Report on the Civil Veterinary Department, Eastern Bengal and Assam - 1907-1911
Year: 1907
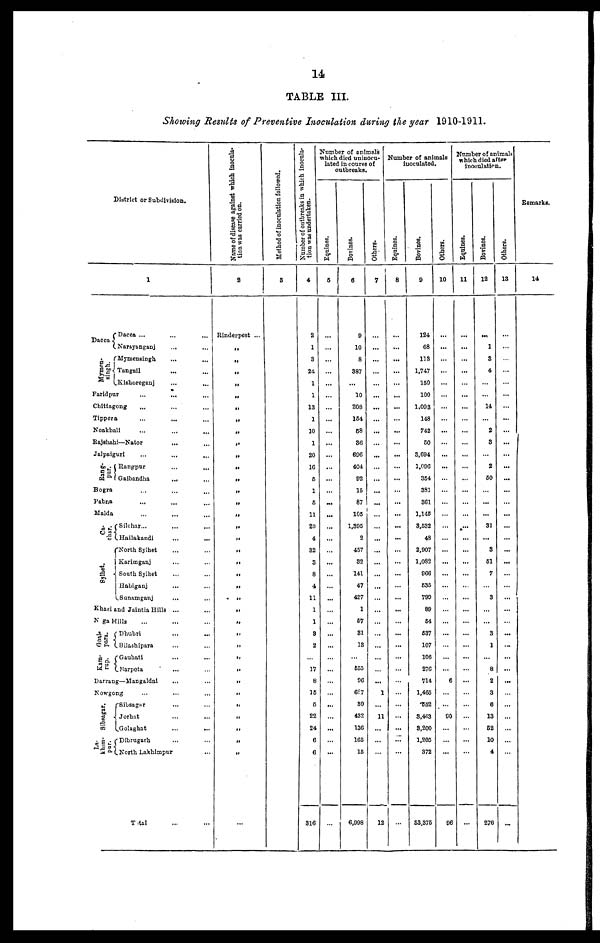
14
TABLE III.
Showing Results of Preventive Inoculation during the year 1910-1911.
District or Subdivision.
Dacca
singh.
1
Dacca ...
Narayanganj ... ...
Mymensingh ... ...
Tangail ...
Kishoreganj ...
Faridpur ... ... ...
Chittagong ... ... ...
Tippera ... ... ...
Noakhali ... ... ...
Rajshahi—Nator ... ...
Jalpaiguri ... ... ...
pur.
Bogra
Pabna ... ... ...
Malda
Ca-
char.
Sylhet.
Rangpur ... ...
Gaibandha ... ...
... ... ...
... ... ...
... ... ...
Silchar ... ... ...
Hailakandi ... ...
North Sylhet ... ...
Karimganj ... ...
South Sylhet ... ...
Habiganj ... ...
Sunamganj ... ...
Khasi and Jaintia Hills ... ...
Naga Hills ... ... ...
para.
Kara-
rnp.
Dhubri ... ...
Bilashipara ... ...
Gauhati ... ...
Rarpeta ... ...
Darrang—Mangaldal ... ...
Nowgong ... ... ...
Sibsagar.
pur.
Sibsagar ... ...
Jorhat ... ...
Golaghat ... ...
Dibrugarh ... ...
North Lakhimpur ...
Total ... ...
Name of disease against which inocula-
tion was carried on.
2
Rinderpest ...
„
„
„
„
„
„
„
„
„
„
„
„
„
„
„
„
„
„
„
„
„
„
„
„
„
„
„
„
„
„
„
„
„
„
„
...
Method of inoculation followed.
3
Number of outbreaks in which inocula-
tion was undertaken.
4
2
1
3
24
1
1
13
1
10
1
20
16
6
1
5
11
29
4
32
3
8
4
11
1
1
3
2
17
8
13
5
22
24
6
6
316
Number of unimals
which died uninocu-
lated in course of
outbreaks.
Equines.
6
...
...
...
...
...
...
...
...
...
...
...
...
...
...
...
...
...
...
...
...
...
...
...
...
...
...
...
...
...
...
...
...
...
...
...
...
...
Bovines.
6
9
10
8
387
...
10
208
164
68
36
696
404
92
15
87
105
1,395
2
457
32
141
47
427
1
67
31
13
...
555
06
687
30
432
136
165
16
6,998
Others.
7
...
...
...
...
...
...
...
...
...
...
...
...
...
...
...
...
...
...
...
...
...
...
...
...
...
...
...
...
...
...
1
...
11
...
...
...
12
Number of animals
inoculated.
Equines.
8
...
...
...
...
...
...
...
...
...
...
...
...
...
...
...
...
...
...
...
...
...
...
...
...
...
...
...
...
...
...
...
...
...
...
...
...
...
Bovines.
9
124
68
113
1,747
150
100
1,093
148
742
60
3,694
1,096
354
381
361
1,146
3,532
48
2,907
1,082
966
635
799
89
64
537
107
106
276
714
1,465
652
3,463
8,200
1,205
372
33,375
Others.
10
...
...
...
...
...
...
...
...
...
...
...
...
...
...
...
...
...
...
...
...
...
...
...
...
...
...
...
...
...
6
...
...
90
...
...
...
96
Number of animals
which died after
inoculation.
Equines.
11
...
...
...
...
...
...
...
...
...
...
...
...
...
...
...
...
...
...
...
...
...
...
...
...
...
...
...
...
...
...
...
...
...
...
...
...
...
Bovines.
12
...
1
3
4
...
...
14
...
2
3
...
2
50
...
...
...
31
...
3
51
7
...
3
...
...
3
1
...
8
2
3
6
13
62
10
4
276
Others.
13
...
...
...
...
...
...
...
...
...
...
...
...
...
...
...
...
...
...
...
...
...
...
...
...
...
...
...
...
...
...
...
...
...
...
...
...
...
Remarks.
14